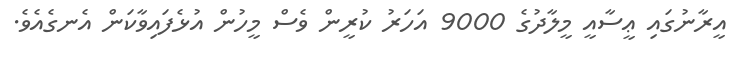
އީރާނުގައި ޢީސާއީ މީލާދުގެ 9000 އަހަރު ކުރީން ވެސް މީހުން އުޅެފައިވާކަން އެނގެއެވެ.